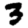
Digit: 3